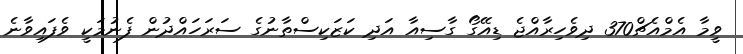
ވީމާ އެމްއެޗް370 ދިވެހިރާއްޖެ ޑިއޭގޯ ގާސިއާ އަދި ކަޒަކިސްތާނުގެ ސަރަހައްދުން ފެނުމަކީ ވެފައިވާނެ